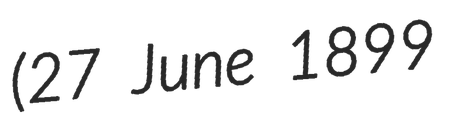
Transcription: (27 June 1899